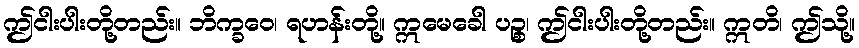
ဤငါးပါးတို့တည်း။ ဘိက္ခဝေ၊ ရဟန်းတို့။ ဣမေခေါ ပဉ္စ၊ ဤငါးပါးတို့တည်း။ ဣတိ၊ ဤသို့။